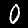
Digit: 0